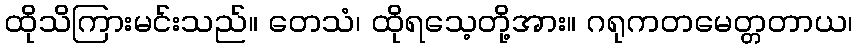
ထိုသိကြားမင်းသည်။ တေသံ၊ ထိုရသေ့တို့အား။ ဂရုကတမေတ္တတာယ၊